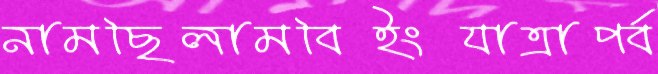
নামছিলামবিইংযাত্রাপর্ব